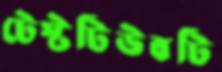
টেস্টটিউবটি